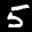
Label: 5